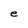
Character: e